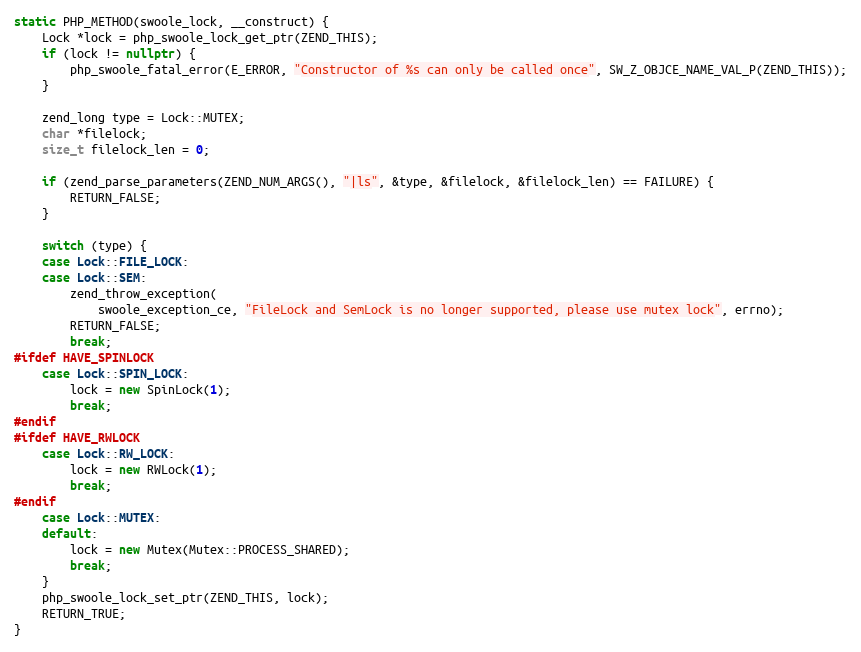
Language: C++
static PHP_METHOD(swoole_lock, __construct) {
    Lock *lock = php_swoole_lock_get_ptr(ZEND_THIS);
    if (lock != nullptr) {
        php_swoole_fatal_error(E_ERROR, "Constructor of %s can only be called once", SW_Z_OBJCE_NAME_VAL_P(ZEND_THIS));
    }

    zend_long type = Lock::MUTEX;
    char *filelock;
    size_t filelock_len = 0;

    if (zend_parse_parameters(ZEND_NUM_ARGS(), "|ls", &type, &filelock, &filelock_len) == FAILURE) {
        RETURN_FALSE;
    }

    switch (type) {
    case Lock::FILE_LOCK:
    case Lock::SEM:
        zend_throw_exception(
            swoole_exception_ce, "FileLock and SemLock is no longer supported, please use mutex lock", errno);
        RETURN_FALSE;
        break;
#ifdef HAVE_SPINLOCK
    case Lock::SPIN_LOCK:
        lock = new SpinLock(1);
        break;
#endif
#ifdef HAVE_RWLOCK
    case Lock::RW_LOCK:
        lock = new RWLock(1);
        break;
#endif
    case Lock::MUTEX:
    default:
        lock = new Mutex(Mutex::PROCESS_SHARED);
        break;
    }
    php_swoole_lock_set_ptr(ZEND_THIS, lock);
    RETURN_TRUE;
}